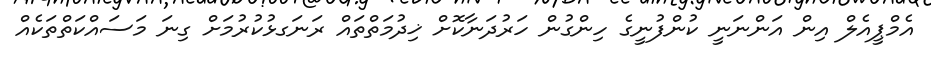
އެމްޕީއެލް އިން އަންނަނީ ކުންފުނީގެ ހިންގުން ހަރުދަނާކޮށް ޚިދުމަތްތައް ރަނަގޅުކުރުމަށް ގިނަ މަސައްކަތްތަކެއް